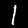
Label: 1